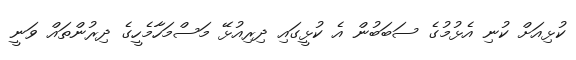
ކުޅިއަށް ކުނި އެޅުމުގެ ސަބަބުން އެ ކުޅީގައި ދިރިއުޅޭ މަސްމަހާމެހީގެ ދިރުންތައް ވަނީ